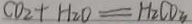
C O _ { 2 } + H _ { 2 } O = H _ { 2 } C O _ { 3 }